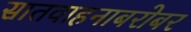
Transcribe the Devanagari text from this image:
सातवाहनाबरोबर